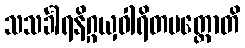
သသင်္ခါရနိဂ္ဂယှဝါရိတပတ္တောတိ